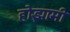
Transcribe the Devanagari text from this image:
होझामी